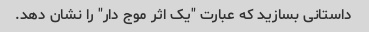
داستانی بسازید که عبارت "یک اثر موج دار" را نشان دهد.